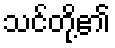
သင်တို့၏